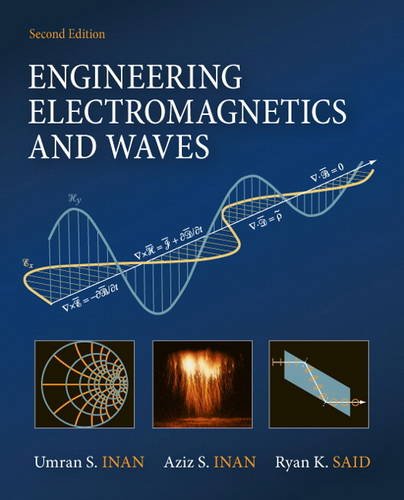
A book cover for Engineering Electromagnetics and Waves (2nd Edition); Umran S. Inan; Science & Math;